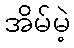
အိမ်မဲ့